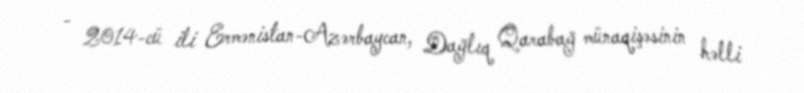
- 2014-cü ili Ermənistan-Azərbaycan, Dağlıq Qarabağ münaqişəsinin həlli